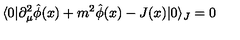
\langle 0 | \partial _ { \mu } ^ { 2 } \hat { \phi } ( x ) + m ^ { 2 } \hat { \phi } ( x ) - J ( x ) | 0 \rangle _ { J } = 0